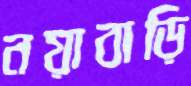
নয়াবাড়ি